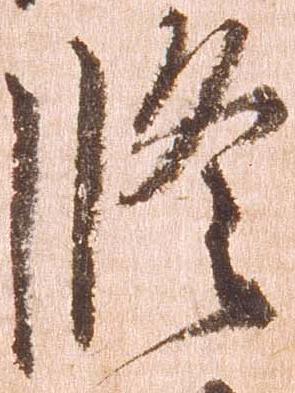
修